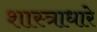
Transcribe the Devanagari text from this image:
शास्त्राधारे